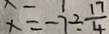
x = - 7 \div \frac { 1 7 } { 4 }